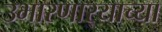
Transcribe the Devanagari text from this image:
उभारणार्‍याच्या